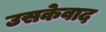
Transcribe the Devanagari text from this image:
उसकेवाद